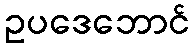
ဥပဒေဘောင်